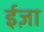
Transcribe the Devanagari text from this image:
ईज़ा